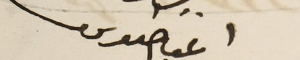
اغناطىوس